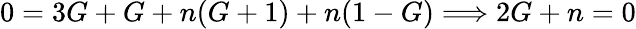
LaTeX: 0=3G+G+n(G+1)+n(1-G)\Longrightarrow 2G+n=0